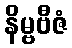
နိမ္ဗဗီဇံ